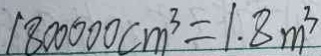
1 8 0 0 0 0 0 c m ^ { 3 } = 1 . 8 m ^ { 3 }